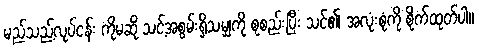
မည်သည့်လုပ်ငန်း ကိုမဆို သင့်အစွမ်းရှိသမျှကို စုစည်းပြီး သင်၏ အလုံးစုံကို စိုက်ထုတ်ပါ။